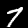
Label: 7